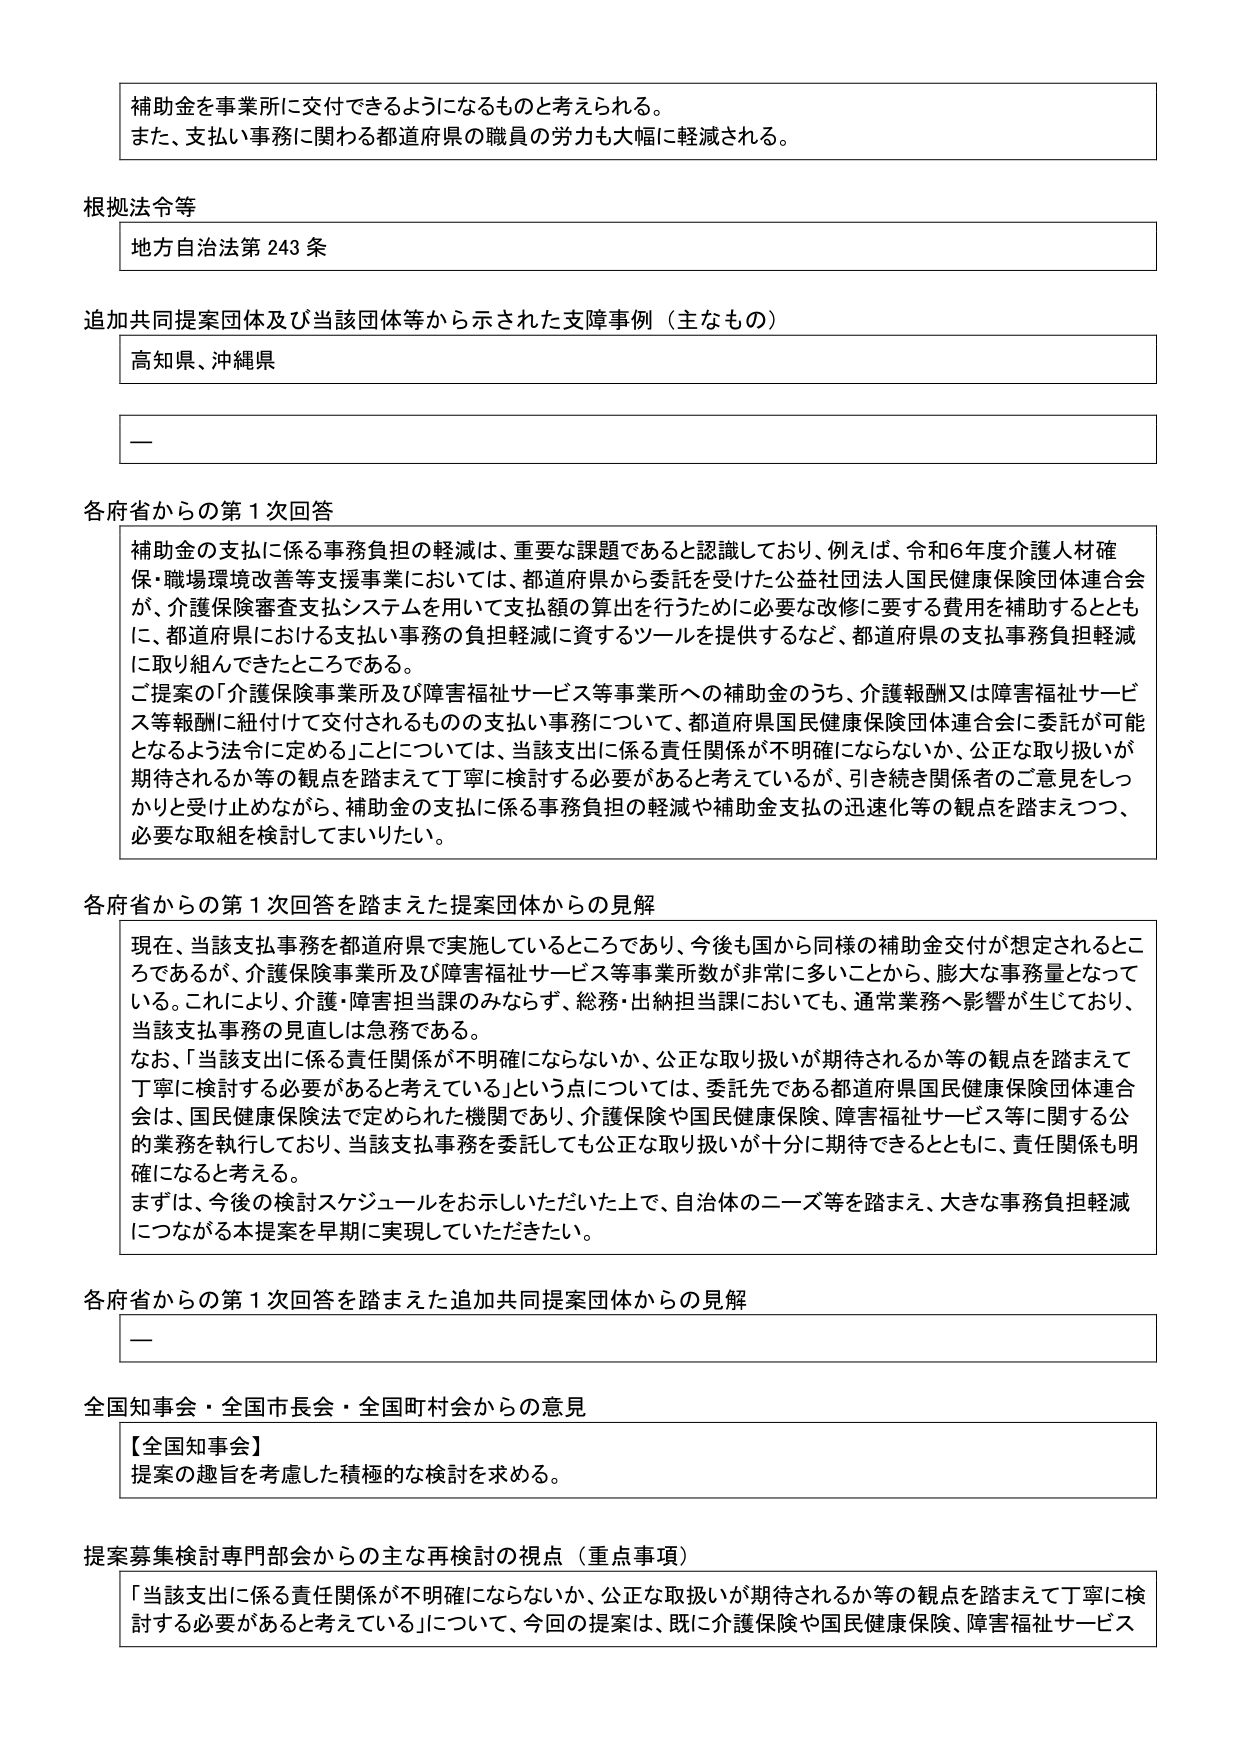
補助金を事業所に交付できるようになるものと考えられる。
また、支払い事務に関わる都道府県の職員の労力も大幅に軽減される。

根拠法令等
地方自治法第243条

追加共同提案団体及び当該団体等から示された支障事例（主なもの）
高知県、沖縄県
—

各府省からの第1次回答
補助金の支払に係る事務負担の軽減は、重要な課題であると認識しており、例えば、令和6年度介護人材確保・職場環境改善等支援事業においては、都道府県から委託を受けた公益社団法人国民健康保険団体連合会が、介護保険審査支払システムを用いて支払額の算出を行うために必要な改修に要する費用を補助するとともに、都道府県における支払い事務の負担軽減に資するツールを提供するなど、都道府県の支払事務負担軽減に取り組んできたところである。
ご提案の「介護保険事業所及び障害福祉サービス等事業所への補助金のうち、介護報酬又は障害福祉サービス等報酬に紐付けて交付されるものの支払い事務について、都道府県国民健康保険団体連合会に委託が可能となるよう法令に定める」については、当該支出に係る責任関係が不明確にならないか、公正な取り扱いが期待されるか等の観点を踏まえて丁寧に検討する必要があると考えているが、引き続き関係者のご意見をしっかりと受け止めながら、補助金の支払に係る事務負担の軽減や補助金支払の迅速化等の観点を踏まえつつ、必要な取組を検討してまいりたい。

各府省からの第1次回答を踏まえた提案団体からの見解
現在、当該支払事務を都道府県で実施しているところであり、今後も国から同様の補助金交付が想定されるところであるが、介護保険事業所及び障害福祉サービス等事業所数が非常に多いことから、膨大な事務量となっている。これにより、介護・障害担当課のみならず、総務・出納担当課においても、通常業務へ影響が生じており、当該支払事務の見直しは急務である。
なお、「当該支出に係る責任関係が不明確にならないか、公正な取り扱いが期待されるか等の観点を踏まえて丁寧に検討する必要があると考えている」という点については、委託先である都道府県国民健康保険団体連合会は、国民健康保険法で定められた機関であり、介護保険や国民健康保険、障害福祉サービス等に関する公的業務を執行しており、当該支払事務を委託しても公正な取り扱いが十分に期待できるとともに、責任関係も明確になると考える。
まずは、今後の検討スケジュールをお示しいただいた上で、自治体のニーズ等を踏まえ、大きな事務負担軽減につながる本提案を早期に実現していただきたい。

各府省からの第1次回答を踏まえた追加共同提案団体からの見解
—

全国知事会・全国市長会・全国町村会からの意見
【全国知事会】
提案の趣旨を考慮した積極的な検討を求める。

提案募集検討専門部会からの主な再検討の視点（重点事項）
「当該支出に係る責任関係が不明確にならないか、公正な取扱いが期待されるか等の観点を踏まえて丁寧に検討する必要があると考えている」について、今回の提案は、既に介護保険や国民健康保険、障害福祉サービス